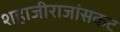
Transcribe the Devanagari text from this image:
शहाजीराजांसकट